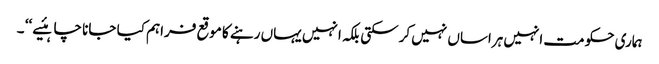
ہماری حکومت انہیں ہراساں نہیں کرسکتی بلکہ انہیں یہاں رہنے کا موقع فراہم کیا جانا چاہئیے ‘‘ ۔